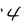
Character: 4